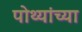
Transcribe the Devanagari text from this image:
पोथ्यांच्या